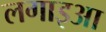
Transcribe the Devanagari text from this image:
लगाइआ